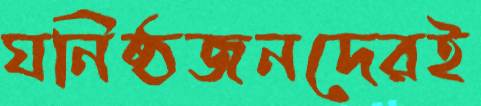
ঘনিষ্ঠজনদেরই